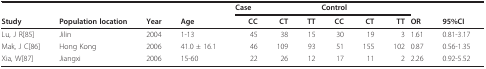
<table><thead><tr><td></td><td></td><td></td><td></td><td colspan="3"><b>Case</b></td><td colspan="3"><b>Control</b></td><td></td><td></td></tr><tr><td><b>Study</b></td><td><b>Population location</b></td><td><b>Year</b></td><td><b>Age</b></td><td><b>CC</b></td><td><b>CT</b></td><td><b>TT</b></td><td><b>CC</b></td><td><b>CT</b></td><td><b>TT</b></td><td><b>OR</b></td><td><b>95%CI</b></td></tr></thead><tbody><tr><td>Lu, J R[85]</td><td>Jilin</td><td>2004</td><td>1-13</td><td>45</td><td>38</td><td>15</td><td>30</td><td>19</td><td>3</td><td>1.61</td><td>0.81-3.17</td></tr><tr><td>Mak, J C[86]</td><td>Hong Kong</td><td>2006</td><td>41.0 ± 16.1</td><td>46</td><td>109</td><td>93</td><td>51</td><td>155</td><td>102</td><td>0.87</td><td>0.56-1.35</td></tr><tr><td>Xia, W[87]</td><td>Jiangxi</td><td>2006</td><td>15-60</td><td>22</td><td>26</td><td>12</td><td>17</td><td>11</td><td>2</td><td>2.26</td><td>0.92-5.52</td></tr></tbody></table>